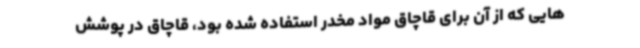
هایی که از آن برای قاچاق مواد مخدر استفاده شده بود، قاچاق در پوشش